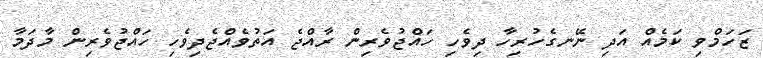
ޒަހަމްވި ކަމެއް އަދި ނޭނގެހުރިހާ ދިވެހި ހައްޖުވެރިން ރާއްޖެ އަތުވެއްޖެދިިވެހި ހައްޖުވެރިން މާދަމާ